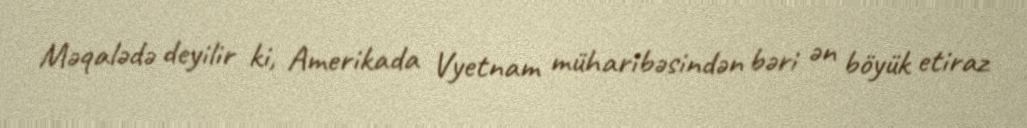
Məqalədə deyilir ki, Amerikada Vyetnam müharibəsindən bəri ən böyük etiraz